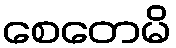
စေတေမိ